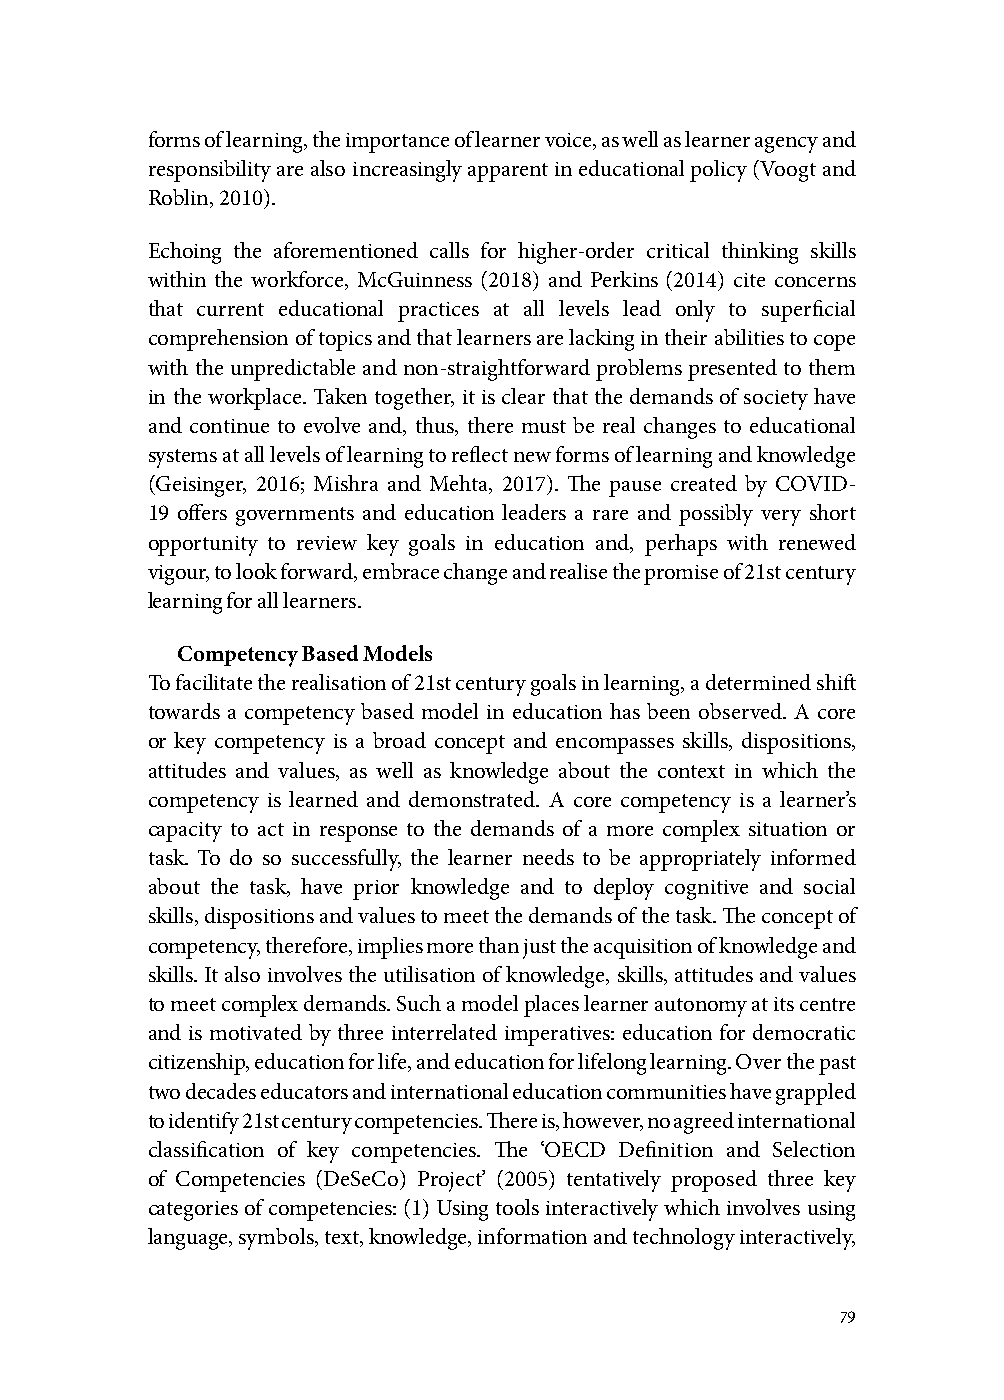
forms of learning, the importance of learner voice, as well as learner agency and
 responsibility are also increasingly apparent in educational policy (Voogt and
 Roblin, 2010).
 Echoing the aforementioned calls for higher-order critical thinking skills
 within the workforce, McGuinness (2018) and Perkins (2014) cite concerns
 that current educational practices at all levels lead only to superficial
 comprehension of topics and that learners are lacking in their abilities to cope
 with the unpredictable and non-straightforward problems presented to them
 in the workplace. Taken together, it is clear that the demands of society have
 and continue to evolve and, thus, there must be real changes to educational
 systems at all levels of learning to reflect new forms of learning and knowledge
 (Geisinger, 2016; Mishra and Mehta, 2017). The pause created by COVID-
 19 offers governments and education leaders a rare and possibly very short
 opportunity to review key goals in education and, perhaps with renewed
 vigour, to look forward, embrace change and realise the promise of 21st century
 learning for all learners.
 Competency Based Models
 To facilitate the realisation of 21st century goals in learning, a determined shift
 towards a competency based model in education has been observed. A core
 or key competency is a broad concept and encompasses skills, dispositions,
 attitudes and values, as well as knowledge about the context in which the
 competency is learned and demonstrated. A core competency is a learner’s
 capacity to act in response to the demands of a more complex situation or
 task. To do so successfully, the learner needs to be appropriately informed
 about the task, have prior knowledge and to deploy cognitive and social
 skills, dispositions and values to meet the demands of the task. The concept of
 competency, therefore, implies more than just the acquisition of knowledge and
 skills. It also involves the utilisation of knowledge, skills, attitudes and values
 to meet complex demands. Such a model places learner autonomy at its centre
 and is motivated by three interrelated imperatives: education for democratic
 citizenship, education for life, and education for lifelong learning. Over the past
 two decades educators and international education communities have grappled
 to identify 21st century competencies. There is, however, no agreed international
 classification of key competencies. The ‘OECD Definition and Selection
 of Competencies (DeSeCo) Project’ (2005) tentatively proposed three key
 categories of competencies: (1) Using tools interactively which involves using
 language, symbols, text, knowledge, information and technology interactively,
 79